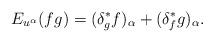
LaTeX: \begin{align*}E_{u^\alpha}(fg) = (\delta_g^* f)_\alpha + (\delta_f^* g)_\alpha .\end{align*}